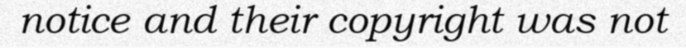
notice and their copyright was not